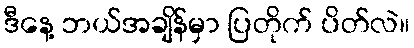
ဒီနေ့ ဘယ်အချိန်မှာ ပြတိုက် ပိတ်လဲ။